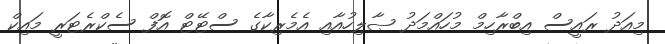
މިއަދު ރައީސް އިބްރާހިމް މުހައްމަދު ޞާލިހުއާއި އެމެރިކާގެ ސްޓޭޓް އޮފް ސެކްރެޓަރީ މައިކް